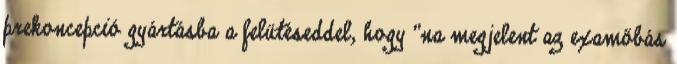
prekoncepció gyártásba a felütéseddel, hogy "na megjelent az examőbás